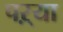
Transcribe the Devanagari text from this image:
पऱ्या